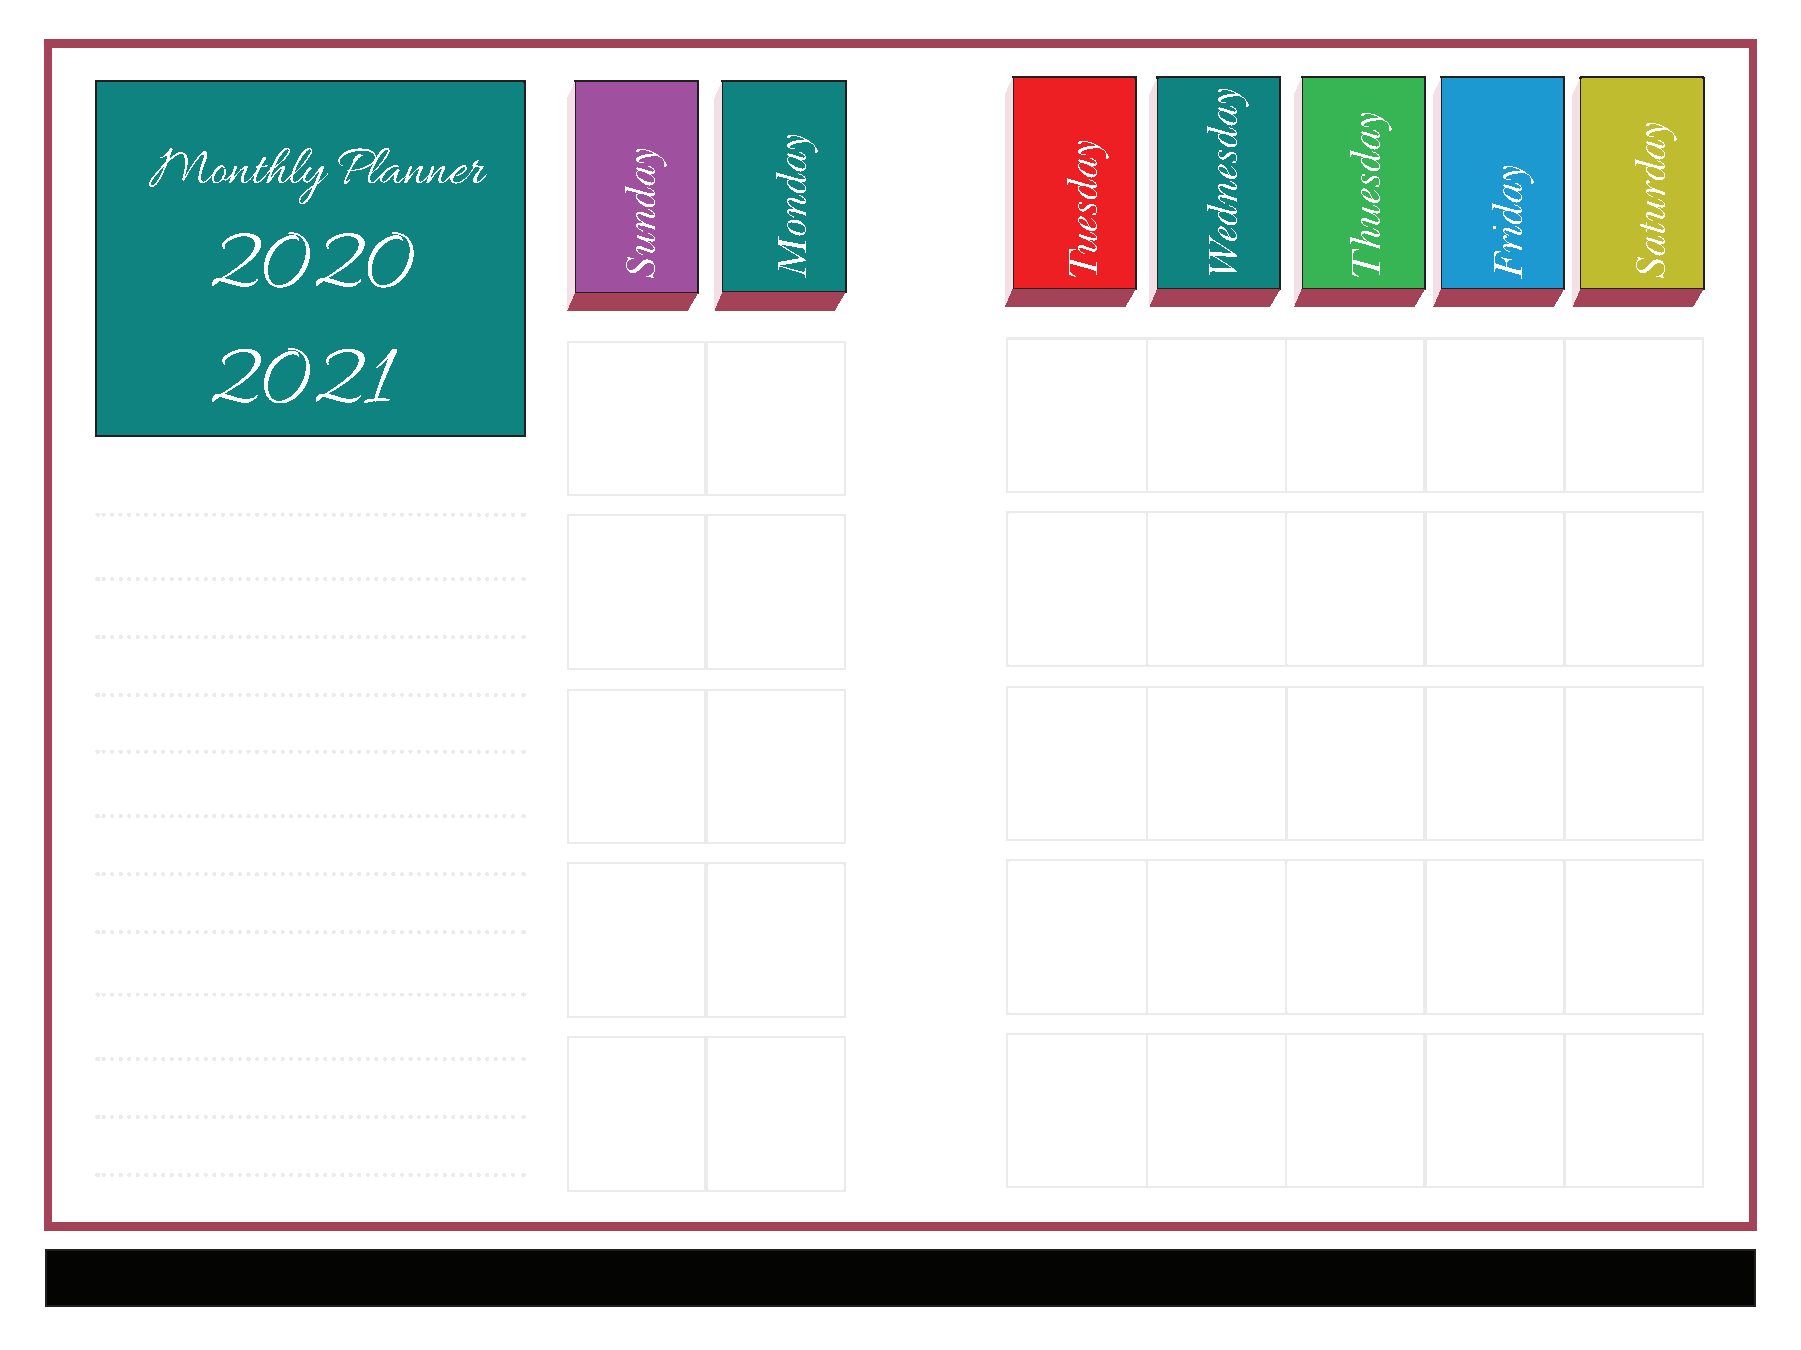
Monthly     Planner
 2020
 2021
 yadnuS
 yadnoM              yadseuT
 yadsendeW
 yadseuhT
 yadirF
 yadrutaS